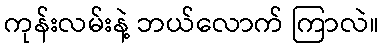
ကုန်းလမ်းနဲ့ ဘယ်လောက် ကြာလဲ။